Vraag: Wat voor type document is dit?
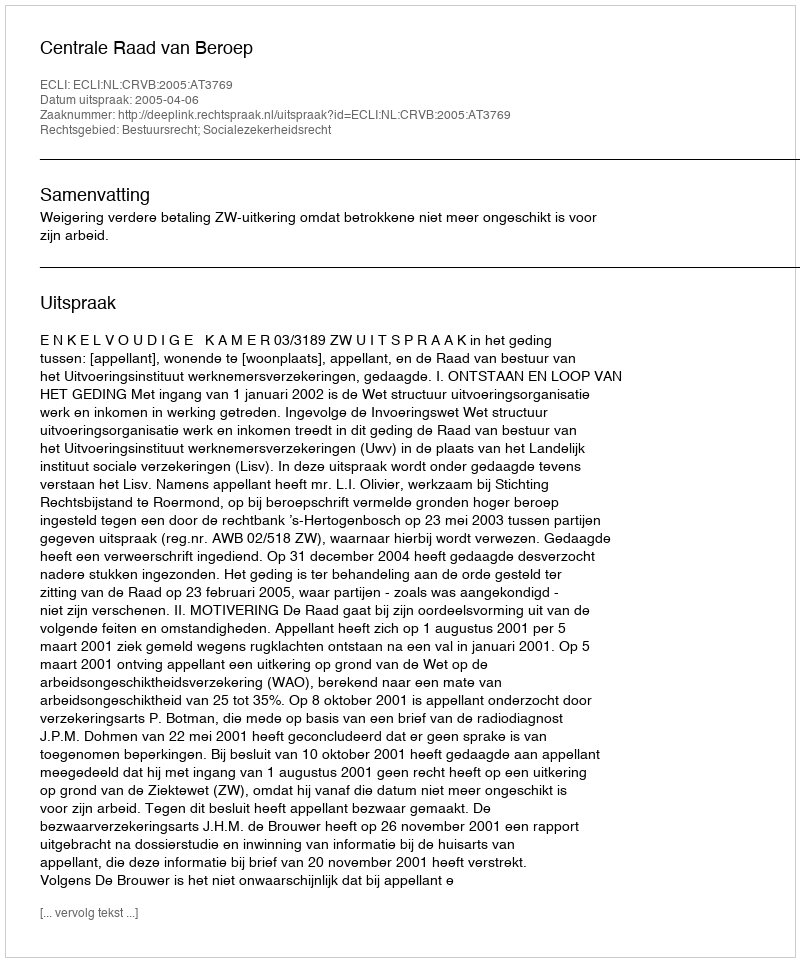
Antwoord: Uitspraak